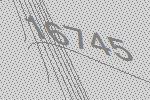
16745